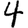
Digit: 4